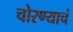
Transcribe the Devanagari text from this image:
चोरण्याचं